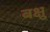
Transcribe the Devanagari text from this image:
बक्षु